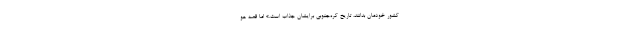
کشور خودمان بدانند، تاریخ کره‌جنوبی برایشان جذاب است.» اما قصه هو